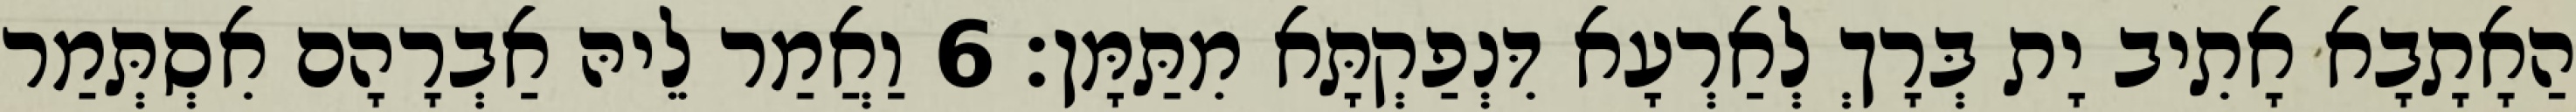
הַאָתָבָא אָתִיב יָת בְּרָךְ לְאַרְעָא דִּנְפַקְתָּא מִתַּמָּן׃ 6 וַאֲמַר לֵיהּ אַבְרָהָם אִסְתְּמַר